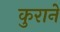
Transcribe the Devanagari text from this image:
कुराने